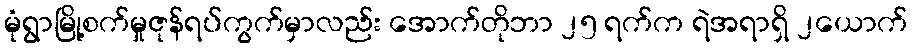
မုံရွာမြို့စက်မှုဇုန်ရပ်ကွက်မှာလည်း အောက်တိုဘာ ၂၅ ရက်က ရဲအရာရှိ ၂ယောက်